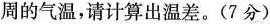
周的气温，请计算出温差。(7分)